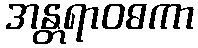
အန္တရာဝဓကာ